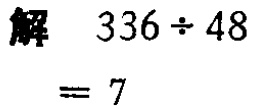
解 \(336\div48 = 7\)